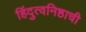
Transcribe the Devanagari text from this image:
हिंदुत्वनिष्ठाची